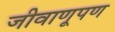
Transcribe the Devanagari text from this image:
जीवाणूपण